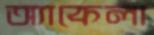
অ্যাকেলা